Annual report of the Imperial Bacteriological Laboratory, Muktesar
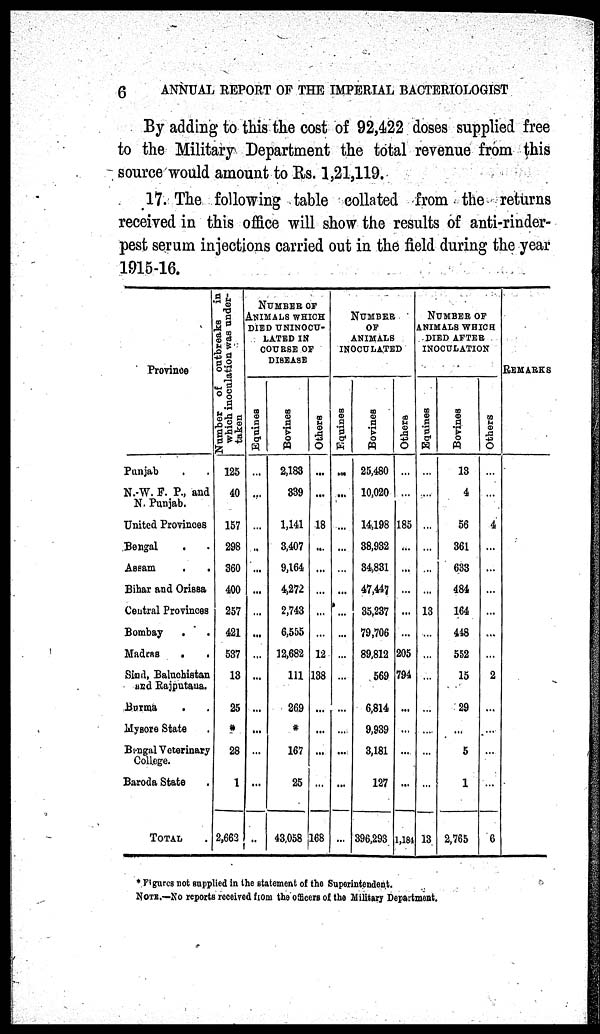
6
ANNUAL REPORT OF THE IMPERIAL BACTERIOLOGIST
By adding to this the cost of 92,422 doses supplied free
to the Military Department the total revenue from this
source would amount to Rs. 1,21,119.
17. The following table collated from the returns
received in this office will show the results of anti-rinder-
pest serum injections carried out in the field during the year
1915-16.
Province
Punjab . .
N.W. F. P., and
N. Punjab.
United Provinces
Bengal . .
Assam
.
.
Bihar and Orissa
Central Provinces
Bombay
. .
Madras
.
.
Sind, Baluchistan
and Rajputana.
Burma
. .
Mysore State .
Bengal Veterinary
College.
Baroda State .
TOTAL
Number
of outbreaks in
which
inoculation was under¬
taken
125
40
157
298
360
400
257
421
537
13
25
*
28
1
NUMBER OF
ANIMALS WHICH
DIED UNINOCU¬
LATED IN
COURSE OF
DISEASE
Equines
...
...
...
...
...
...
...
...
...
...
...
...
...
...
2,663 ..
Bovines
2,183
839
1,141
3,407
9,164
4,372
2,743
6,555
12,682
111
269
*
167
25
43,058
Others
...
...
18
...
...
...
...
...
12
138
...
...
...
...
168
NUMBER
OF
ANIMALS
INOCULATED
Equines
...
...
...
...
...
...
...
...
...
...
...
...
...
...
...
Bovines
25,480
10,020
14,198
38,962
34,881
47,447
35,237
79,706
89,812
569
6,814
9,989
3,181
127
396,293
Others
...
...
185
...
...
...
...
...
205
794
...
...
...
...
1,194
NUMBER OF
ANIMALS WHICH
DIED AFTER
INOCULATION
Equines
...
...
...
...
...
...
13
...
...
...
...
...
...
...
13
Bovines
18
4
56
361
633
484
164
448
552
15
29
...
5
1
2,765
Others
...
...
4
...
...
...
...
...
...
2
...
...
...
...
6
REMARKS
* Figures not supplied in the statement of the Superintendent.
NOTE.-No reports received from the officers of the Military Department.